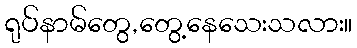
ရုပ်နာမ်တွေ,တွေ့နေသေးသလား။